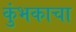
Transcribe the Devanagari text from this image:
कुंभकाचा